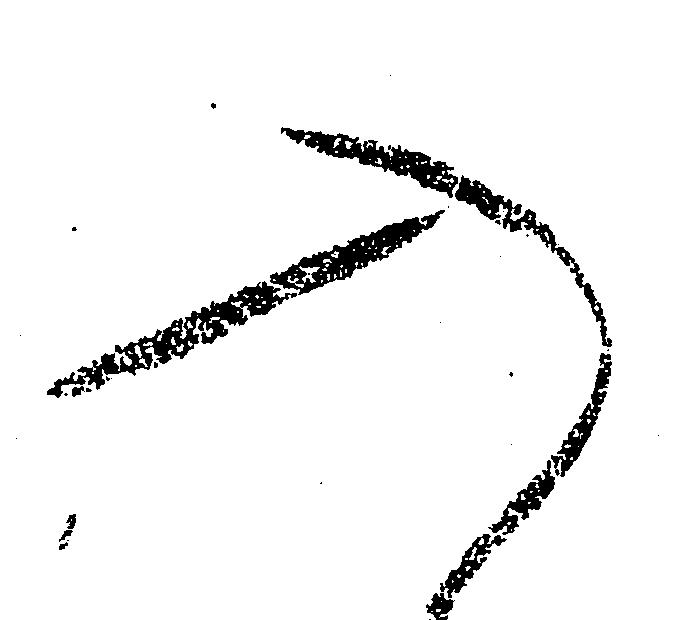
入